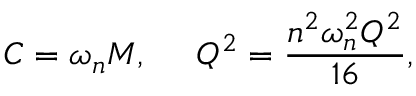
{ \cal C } = \omega _ { n } M , \ \ \ \ { \cal Q } ^ { 2 } = \frac { n ^ { 2 } \omega _ { n } ^ { 2 } Q ^ { 2 } } { 1 6 } ,